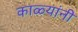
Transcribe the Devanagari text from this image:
काळ्यांनी